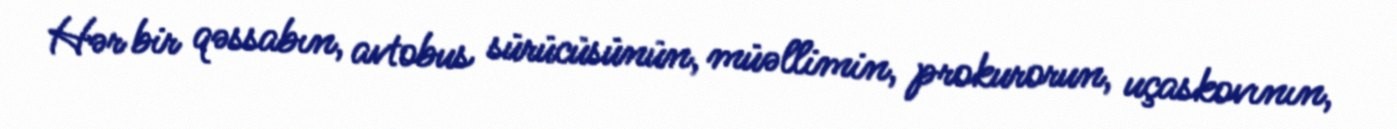
Hər bir qəssabın, avtobus sürücüsünün, müəllimin, prokurorun, uçaskovının,